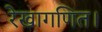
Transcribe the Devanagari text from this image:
रेखागणित।